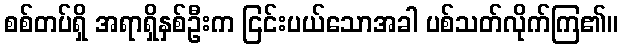
စစ်တပ်ရှိ အရာရှိနှစ်ဦးက ငြင်းပယ်သောအခါ ပစ်သတ်လိုက်ကြ၏။